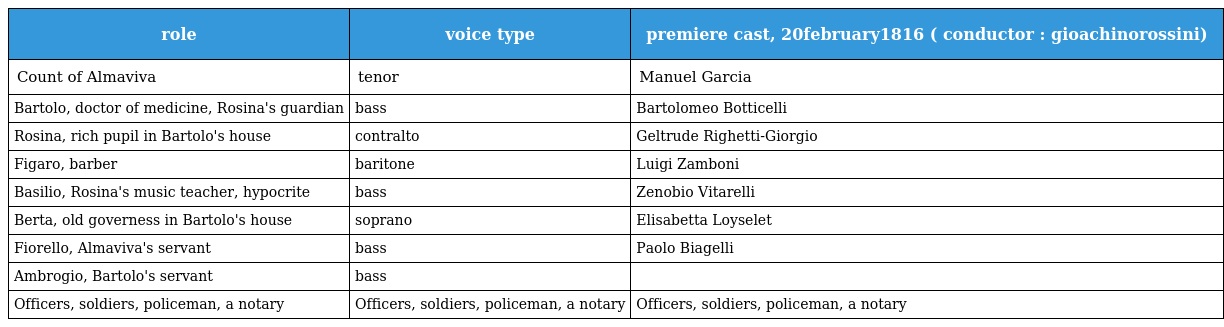
| role | voice type | premiere cast, 20february1816 ( conductor : gioachinorossini) |
 | --- | --- | --- |
 | Count of Almaviva | tenor | Manuel Garcia |
 | Bartolo, doctor of medicine, Rosina's guardian | bass | Bartolomeo Botticelli |
 | Rosina, rich pupil in Bartolo's house | contralto | Geltrude Righetti-Giorgio |
 | Figaro, barber | baritone | Luigi Zamboni |
 | Basilio, Rosina's music teacher, hypocrite | bass | Zenobio Vitarelli |
 | Berta, old governess in Bartolo's house | soprano | Elisabetta Loyselet |
 | Fiorello, Almaviva's servant | bass | Paolo Biagelli |
 | Ambrogio, Bartolo's servant | bass |  |
 | Officers, soldiers, policeman, a notary | Officers, soldiers, policeman, a notary | Officers, soldiers, policeman, a notary |